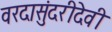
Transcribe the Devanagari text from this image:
वरदासुंदरीदेवी